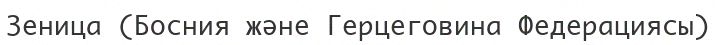
Зеница (Босния және Герцеговина Федерациясы)